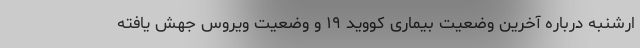
ارشنبه درباره آخرین وضعیت بیماری کووید ۱۹ و وضعیت ویروس جهش یافته